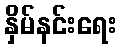
နှိမ်နင်းရေး